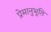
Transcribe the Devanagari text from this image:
प्रेमानुभूति